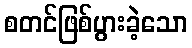
စတင်ဖြစ်ပွားခဲ့သော